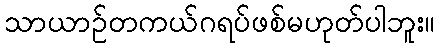
သာယာဉ်တကယ်ဂရပ်ဖစ်မဟုတ်ပါဘူး။